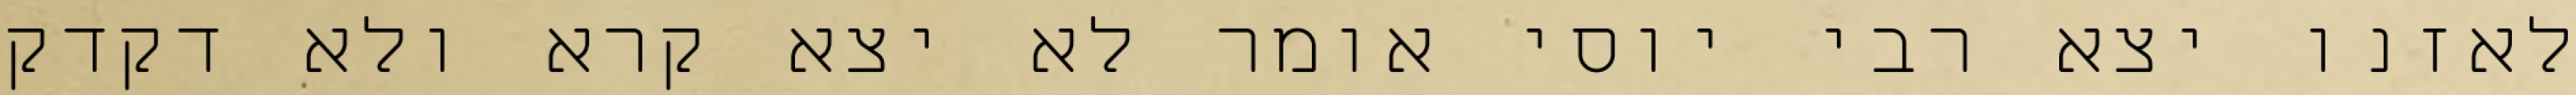
לאזנו יצא רבי יוסי אומר לא יצא קרא ולא דקדק